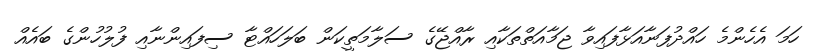
ހަމަ އެހެންމެ ހައްދުފަނާއަޅާފައިވާ ޖަމާއަތްތަކާއި ރާއްޖޭގެ ސަލާމަތީކަން ބަލަހައްޓާ ސިފައިންނާއި ފުލުހުންގެ ބައެއް